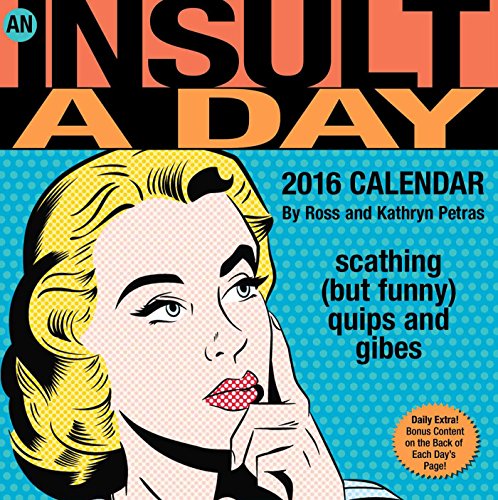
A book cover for An Insult a Day 2016 Day-to-Day Calendar: scathing (but funny) quips and gibes; Kathryn Petras; Humor & Entertainment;